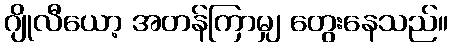
ဂျိုလီယော့ အတန်ကြာမျှ တွေးနေသည်။